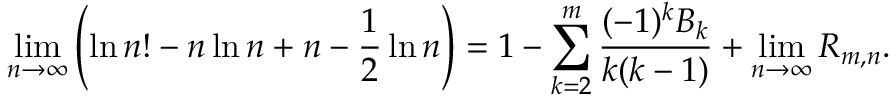
\operatorname* { l i m } _ { n \to \infty } \left( \ln n ! - n \ln n + n - { \frac { 1 } { 2 } } \ln n \right) = 1 - \sum _ { k = 2 } ^ { m } { \frac { ( - 1 ) ^ { k } B _ { k } } { k ( k - 1 ) } } + \operatorname* { l i m } _ { n \to \infty } R _ { m , n } .